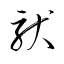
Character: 馱